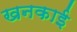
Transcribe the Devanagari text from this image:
खनकाई